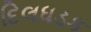
દિલધડક